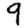
Digit: 9